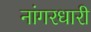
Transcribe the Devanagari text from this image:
नांगरधारी